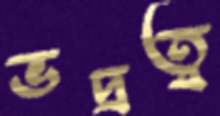
ভদ্রত্ব